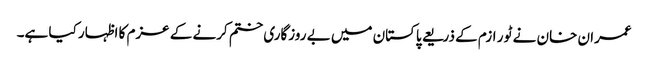
عمران خان نے ٹو ر ازم کے ذریعے پاکستان میں بے روزگاری ختم کرنے کے عزم کا اظہار کیا ہے۔